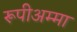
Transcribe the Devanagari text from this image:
रूपीअम्मा